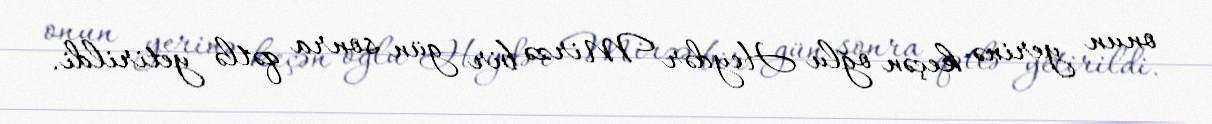
onun yerinə keçən oğlu Heydər Mirzə bir gün sonra qətlə yetirildi.